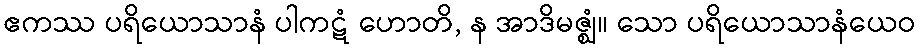
ဧကဿ ပရိယောသာနံ ပါကဋံ ဟောတိ, န အာဒိမဇ္ဈံ။ သော ပရိယောသာနံယေဝ